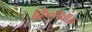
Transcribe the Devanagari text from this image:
क़िलाबंफ